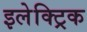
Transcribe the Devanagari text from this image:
इलेक्ट्रिक